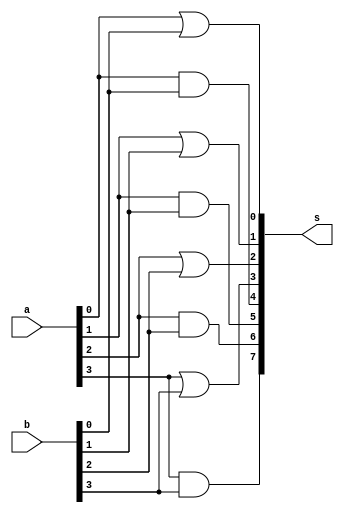
// -------------------------
// Exemplo0031 - F4
// Nome: Rafael Guimares de Sousa
// -------------------------

module F4 (output [7:0]s, input [3:0]a, input[3:0]b);

or or0 (s[0],a[0],b[0]);
or or1 (s[1],a[1],b[1]);
or or2 (s[2],a[2],b[2]);
or or3 (s[3],a[3],b[3]);

and and0 (s[4],a[0],b[0]);
and and1 (s[5],a[1],b[1]);
and and2 (s[6],a[2],b[2]);
and and3 (s[7],a[3],b[3]);

endmodule

module TESTEF4;

reg [3:0]x;
reg [3:0]y;
wire [7:0]z;

initial begin
x='b0000;
y='b0000;
end

F4 portas (z,x,y);

initial begin

$display("Exercicio0031 - Rafael Guimares de Sousa - 451607");
$display("Teste LU's module");

x='b1010;
y='b1110;

$monitor("x | y = %b     x & y = %b",z[3:0],z[7:4]);

end
endmodule